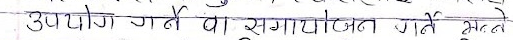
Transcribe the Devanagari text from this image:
उपयोग गर्नै वो सगायोतजन गर्नै सकले